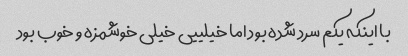
با اینکه یکم سرد شده بود اما خیلییی خیلی خوشمزه و خوب بود